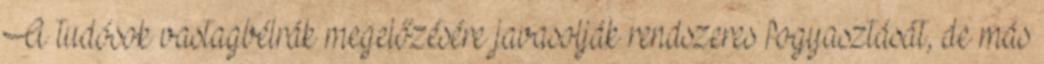
A tudósok vastagbélrák megelőzésére javasolják rendszeres fogyasztását, de más